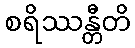
စရိဿန္တီတိ